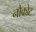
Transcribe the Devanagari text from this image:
नौकोट